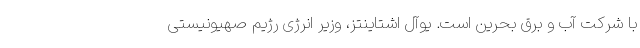
با شرکت آب و برق بحرین است. یوآل اشتاینتز، وزیر انرژی رژیم صهیونیستی